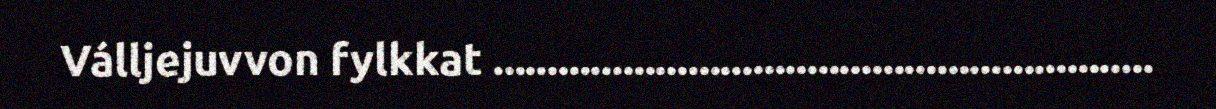
Válljejuvvon fylkkat .............................................................